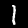
Digit: 1